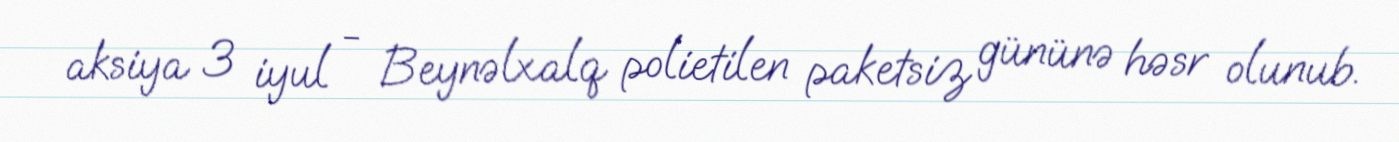
aksiya 3 iyul - Beynəlxalq polietilen paketsiz gününə həsr olunub.